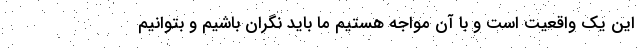
این یک واقعیت است و با آن مواجه هستیم ما باید نگران باشیم و بتوانیم